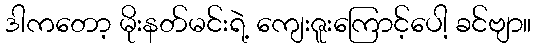
ဒါကတော့ မိုးနတ်မင်းရဲ့ ကျေးဇူးကြောင့်ပေါ့ ခင်ဗျာ။